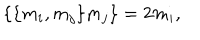
LaTeX: \lbrace \lbrace m _ { i } , m _ { j } \rbrace m _ { j } \rbrace = 2 m _ { i } ,